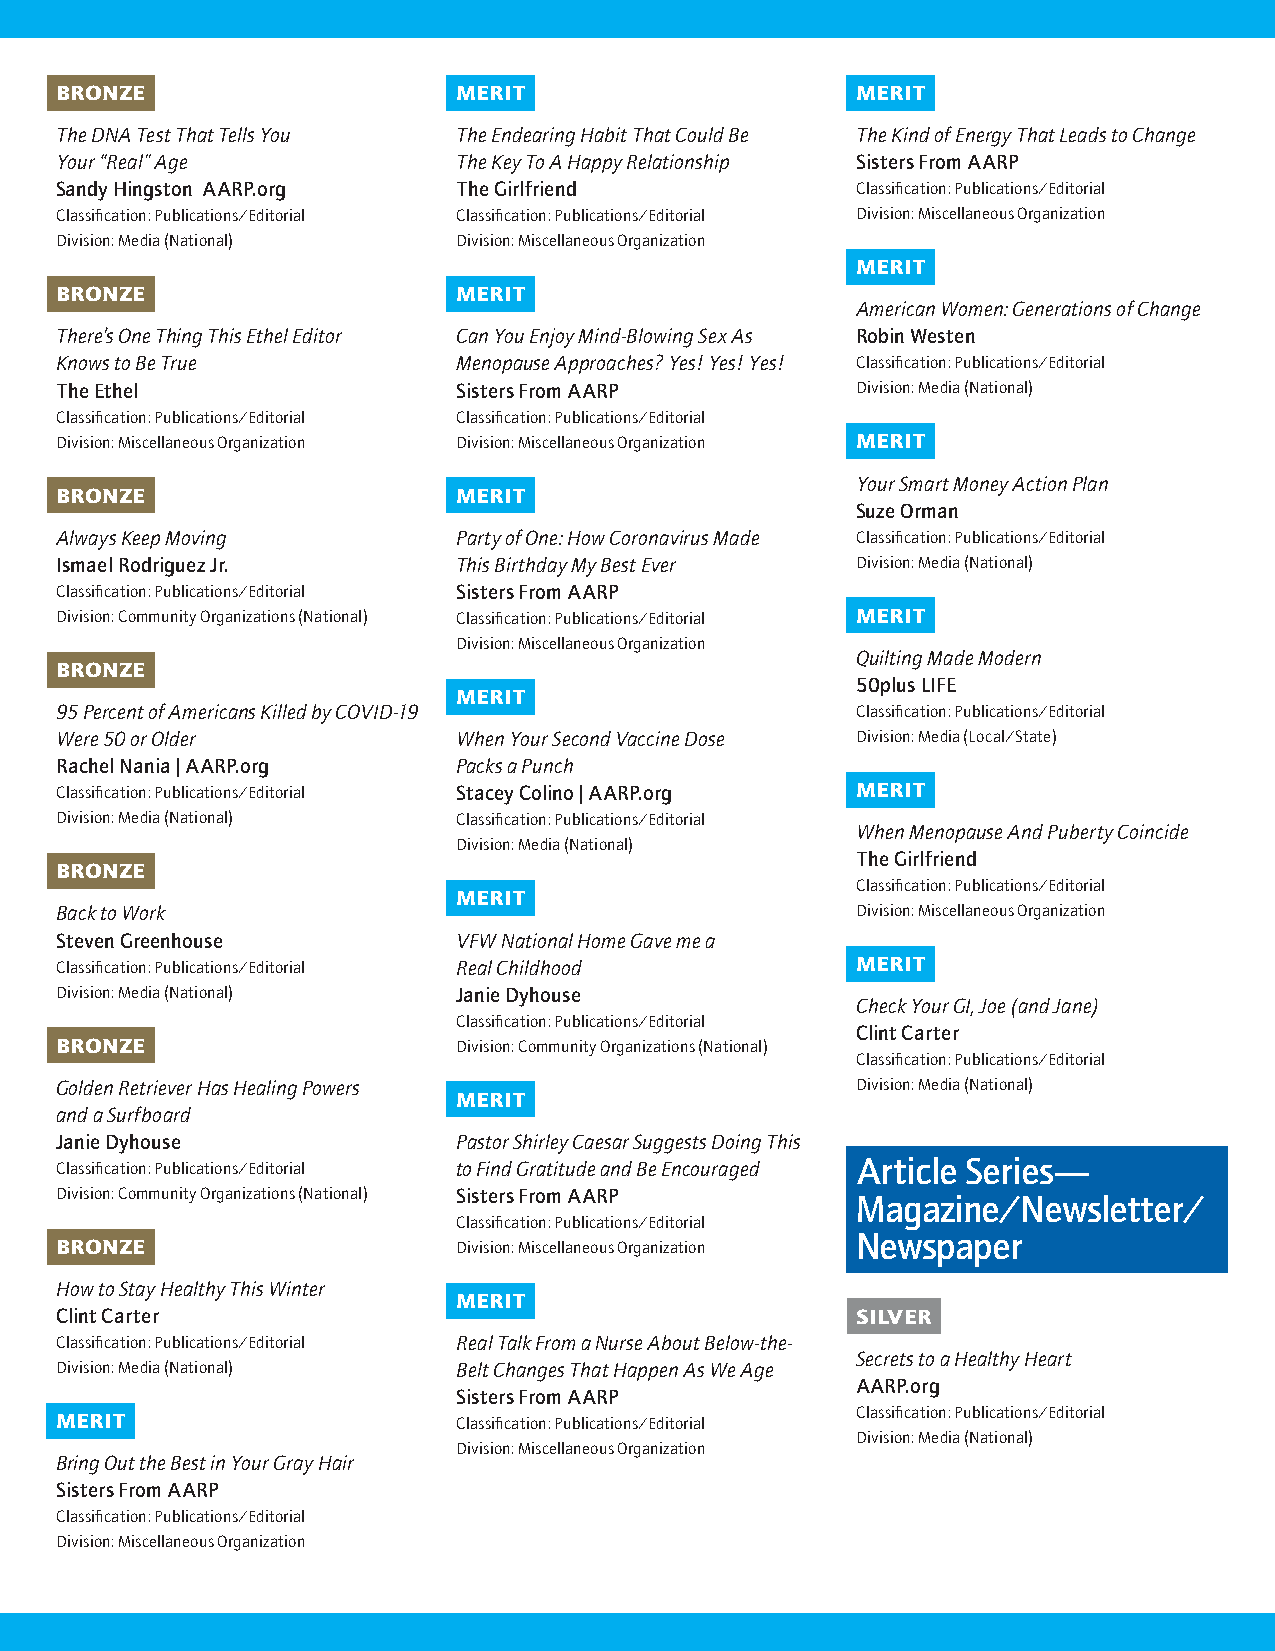
BRONZE                    MERIT                      MERIT
 The DNA Test That Tells You The Endearing Habit That Could Be The Kind of Energy That Leads to Change
 Your “Real” Age           The Key To A Happy Relationship Sisters From AARP
 Sandy Hingston AARP.org   The Girlfriend             Classification: Publications/Editorial
 Classification: Publications/Editorial Classification: Publications/Editorial Division: Miscellaneous Organization
 Division: Media (National) Division: Miscellaneous Organization
 MERIT
 BRONZE                    MERIT
 American Women: Generations of Change
 There’s One Thing This Ethel Editor Can You Enjoy Mind-Blowing Sex As Robin Westen
 Knows to Be True          Menopause Approaches? Yes! Yes! Yes! Classification: Publications/Editorial
 The Ethel                 Sisters From AARP          Division: Media (National)
 Classification: Publications/Editorial Classification: Publications/Editorial
 Division: Miscellaneous Organization Division: Miscellaneous Organization MERIT
 Your Smart Money Action Plan
 BRONZE                    MERIT
 Suze Orman
 Always Keep Moving        Party of One: How Coronavirus Made Classification: Publications/Editorial
 Ismael Rodriguez Jr.      This Birthday My Best Ever Division: Media (National)
 Classification: Publications/Editorial Sisters From AARP
 Division: Community Organizations (National) Classification: Publications/Editorial MERIT
 Division: Miscellaneous Organization
 Quilting Made Modern
 BRONZE
 50plus LIFE
 MERIT
 95 Percent of Americans Killed by COVID-19           Classification: Publications/Editorial
 Were 50 or Older          When Your Second Vaccine Dose Division: Media (Local/State)
 Rachel Nania | AARP.org   Packs a Punch
 Classification: Publications/Editorial Stacey Colino | AARP.org MERIT
 Division: Media (National) Classification: Publications/Editorial
 When Menopause And Puberty Coincide
 Division: Media (National)
 The Girlfriend
 BRONZE
 Classification: Publications/Editorial
 MERIT
 Back to Work                                         Division: Miscellaneous Organization
 Steven Greenhouse         VFW National Home Gave me a
 Classification: Publications/Editorial Real Childhood MERIT
 Division: Media (National) Janie Dyhouse
 Check Your GI, Joe (and Jane)
 Classification: Publications/Editorial
 Clint Carter
 BRONZE                    Division: Community Organizations (National)
 Classification: Publications/Editorial
 Golden Retriever Has Healing Powers                  Division: Media (National)
 MERIT
 and a Surfboard
 Janie Dyhouse             Pastor Shirley Caesar Suggests Doing This
 Classification: Publications/Editorial to Find Gratitude and Be Encouraged Article Series—
 Division: Community Organizations (National) Sisters From AARP Magazine/Newsletter/
 Classification: Publications/Editorial
 Newspaper
 BRONZE                    Division: Miscellaneous Organization
 How to Stay Healthy This Winter
 MERIT
 Clint Carter                                         SILVER
 Classification: Publications/Editorial Real Talk From a Nurse About Below-the-
 Secrets to a Healthy Heart
 Division: Media (National) Belt Changes That Happen As We Age
 AARP.org
 Sisters From AARP
 Classification: Publications/Editorial
 MERIT                     Classification: Publications/Editorial
 Division: Media (National)
 Division: Miscellaneous Organization
 Bring Out the Best in Your Gray Hair
 Sisters From AARP
 Classification: Publications/Editorial
 Division: Miscellaneous Organization